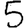
Digit: 5